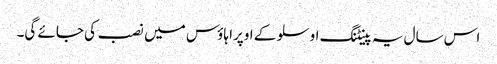
اس سال یہ پینٹنگ اوسلو کے اوپرا ہاؤس میں نصب کی جائے گی۔